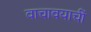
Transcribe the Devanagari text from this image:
वाचावयाचीं